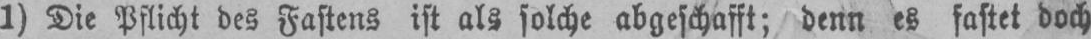
1) Die Pflicht des Fastens ist als solche abgeschafft; denn es fastet doch